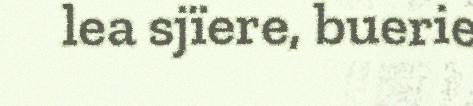
lea sjïere, buerie